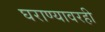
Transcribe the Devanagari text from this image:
घराण्यावरही